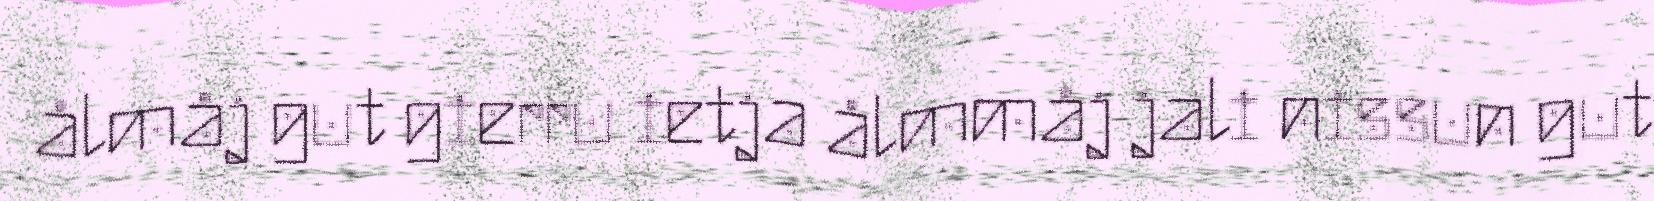
ålmåj gut gierru ietja ålmmåj jali nissun gut